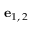
\mathbf { e } _ { 1 , \, 2 }